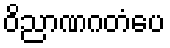
ဝိညာဏဂတံပေ